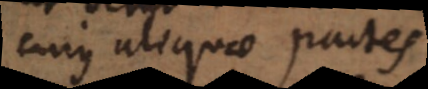
cujus aliquae partes